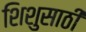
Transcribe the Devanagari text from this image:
शिशुसाठी